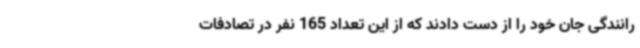
رانندگی جان خود را از دست دادند که از این تعداد 165 نفر در تصادفات